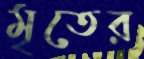
মৃতের